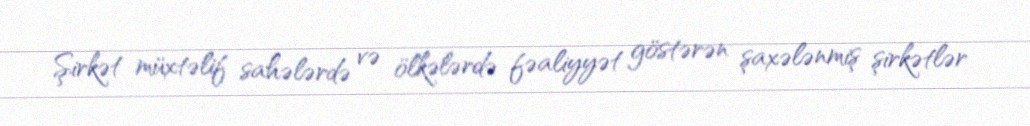
Şirkət müxtəlif sahələrdə və ölkələrdə fəaliyyət göstərən şaxələnmiş şirkətlər